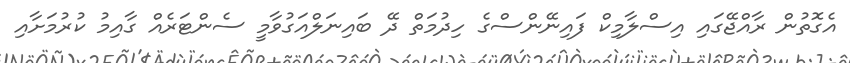
އެގޮތުން ރާއްޖޭގައި އިސްލާމިކް ފައިނޭންސްގެ ހިދުމަތް ދޭ ބައިނަލްއަގުވާމީ ސެންޓަރެއް ގާއިމު ކުރުމަށާއި